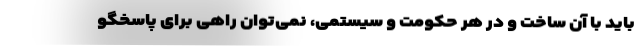
باید با آن ساخت و در هر حکومت و سیستمی، نمی‌توان راهی برای پاسخگو